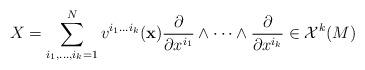
LaTeX: \begin{align*}X=\sum_{i_1,\dots , i_k=1}^{N} v^{i_1\dots i_k}({\bf x})\dfrac{\partial}{\partial x^{i_1}}\wedge \dots \wedge \dfrac{\partial}{\partial x^{i_k}}\in \mathcal{X}^{k}(M)\end{align*}